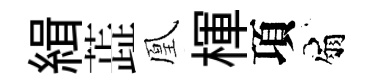
緝蕋凰楎項扇